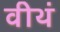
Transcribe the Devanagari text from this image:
वीथं